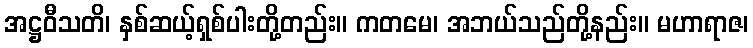
အဋ္ဌဝီသတိ၊ နှစ်ဆယ့်ရှစ်ပါးတို့တည်း။ ကတမေ၊ အဘယ်သည်တို့နည်း။ မဟာရာဇ၊